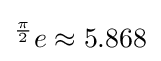
{}^{\frac {\pi }{2}}e\approx 5.868